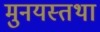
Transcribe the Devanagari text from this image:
मुनयस्तथा